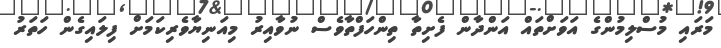
މަރައި މުސްލިމުންގެ އަވަށްތައް އަންދާން ފެށިތާ ތިންހަފްތާވެސް ނުވާއިރު މިއަނިޔާވެރިކަމަށް ފިލައިގެން ހަތަރު